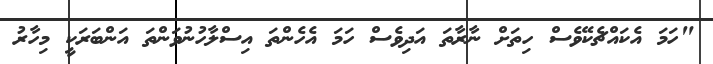
"ހަމަ އެކައްޗެކޭވެސް ހިތަށް ނާރާތަ އަދިވެސް ހަމަ އެހެންތަ އިސްލާހުނުވަންތަ އަންބަރަކީ މިހާރު